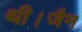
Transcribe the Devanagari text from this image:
थी।जैन